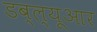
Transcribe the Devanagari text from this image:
डब्‍ल्‍यूआर